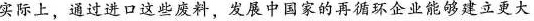
实际上，通过进口这些废料，发展中国家的再循环企业能够建立更大